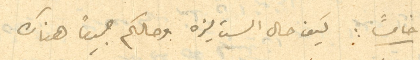
خامسًا: كيف حال الست ليزه وحالكم جميعًا هناك